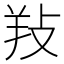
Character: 𢼝